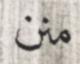
منن